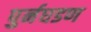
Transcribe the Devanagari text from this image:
पुर्नघडण